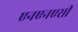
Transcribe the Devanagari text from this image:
एनएनएसी